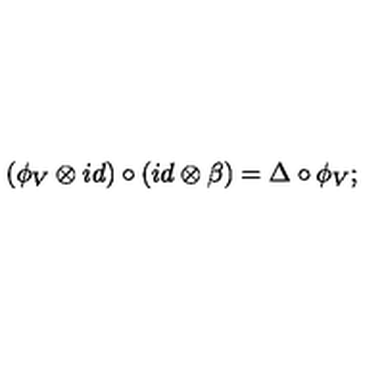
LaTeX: ( \phi _ { V } \otimes i d ) \circ ( i d \otimes \beta ) = \Delta \circ \phi _ { V } ;